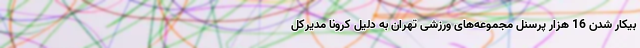
بیکار شدن 16 هزار پرسنل مجموعه‌های ورزشی تهران به دلیل کرونا مدیرکل